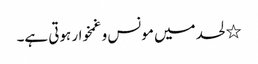
٭ لحد میں مونس و غمخوار ہوتی ہے۔